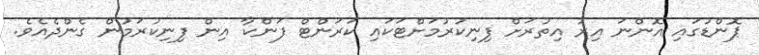
ޕޮންޑުގައި އޮންނަ އިރު އިތުރަށް ފިނިކުރުމަށްޓަކައި ކަރަންޓް ފަންކާ އިން ފިނިކުރަމުން ގެންދެއެވެ.